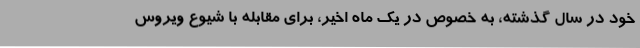
خود در سال گذشته، به خصوص در یک ماه اخیر، برای مقابله با شیوع ویروس